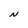
Character: N